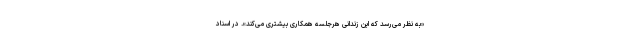
«به نظر می‌رسد که این زندانی هرجلسه همکاری بیشتری می‌کند». در اسناد